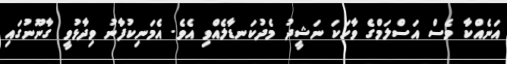
އަނެއްކާ ވެސް އަސްލަމްގެ ވާހަކަ ނަޝީދު މެދުކަނޑާލެއްވި އެވެ. އެމަނިކުފާނު ވިދާޅުވީ ގާނޫނުގައި